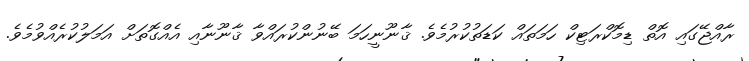
ރާއްޖޭގައި އޮތް ޑިމޮކްރަޓިކް ހަމަތައް ކަޑަތުކުރުމެވެ. ޤާނޫނީހަމަ ބޭނުންކުރައްވާ ޤާނޫނާއި އެއްގޮތަށް އަމަލުކުރެއްވުމެވެ.